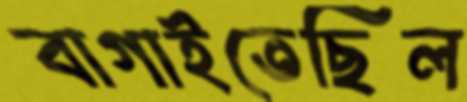
বাগাইতেছিল